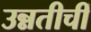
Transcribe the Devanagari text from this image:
उन्नतीचीं